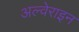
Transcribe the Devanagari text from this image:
अल्वेराइन